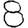
Digit: 8